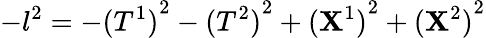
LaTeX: -l^{2}=-{(T^{1})}^{2}-{(T^{2})}^{2}+{(\mathbf{X}^{1})}^{2}+{(\mathbf{X}^{2})}^{2}